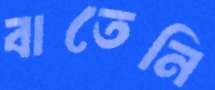
বাতেনি